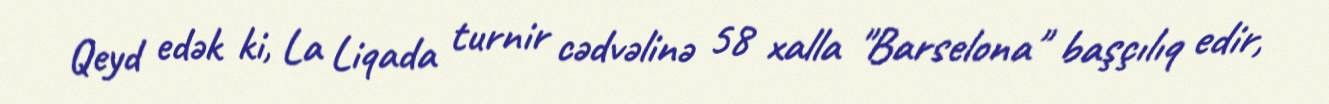
Qeyd edək ki, La Liqada turnir cədvəlinə 58 xalla "Barselona" başçılıq edir,